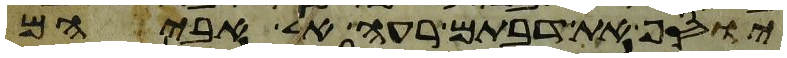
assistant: יוסף את דבתם רעה אל אביהם